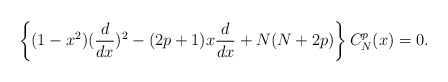
\begin{align*}\left\{ (1-x^2)({d\over dx})^2 - (2p+1)x {d\over dx} + N(N+2p)\right \}C_{N}^{p}(x)= 0.\end{align*}